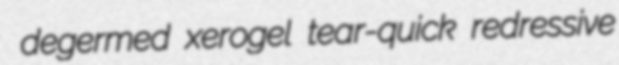
degermed xerogel tear-quick redressive